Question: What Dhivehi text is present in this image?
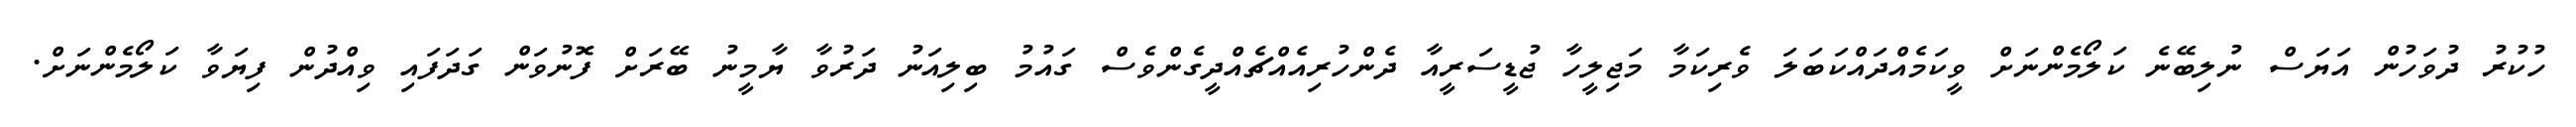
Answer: ހުކުރު ދުވަހުން އަޔަސް ނުލިބޭނެ ކަލޯމެންނަށް ވީކަމެއްދައްކަބަލަ ވެރިކަމާ މަޖިލީހާ ޖުޑީސަރީއާ ދެންހުރިއެއްޗެއްދީގެންވެސް ގައުމު ބިލިއަނު ދަރުވާ ޔާމީނު ބޭރަށް ފޮނުވަން ގަދަފައި ވިއްދުން ފިޔަވާ ކަލޯމެންނަށް.